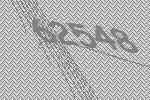
62548